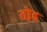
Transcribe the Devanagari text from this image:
तो़ड़